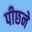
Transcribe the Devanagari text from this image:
पीछने